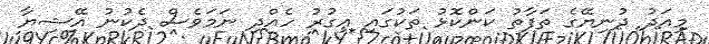
މިއަދު ދުނިޔޭގެ ތަފާތު ކަންކޮޅު ތަކުގައި އިގުރު ހެއްދި ނަމަވެސް ދެކުނު އޭޝިޔާ